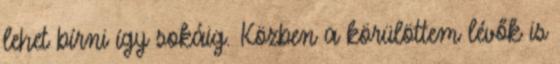
lehet bírni így sokáig. Közben a körülöttem lévők is